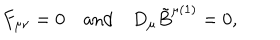
LaTeX: F _ { \mu \nu } = 0 \quad \mathrm { a n d } \quad D _ { \mu } \tilde { B } ^ { \mu ( 1 ) } = 0 ,